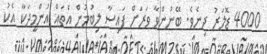
4000 ޑޮލަރު ދިނެވެ. ބޭނުންވާ ވަރަށް ފައިސާ ލިބުމުން އެތައް އުންމީދަކާ އެކު